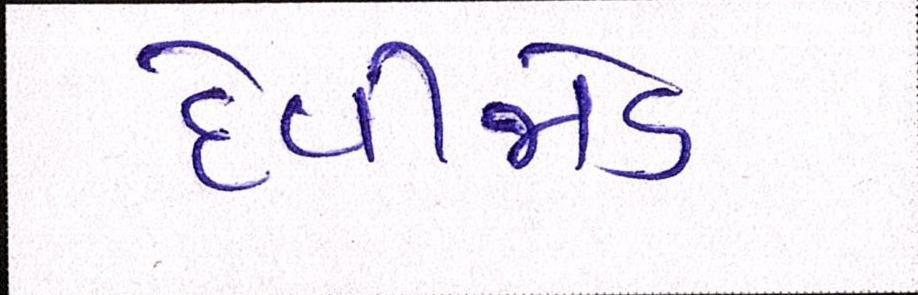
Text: દેવીજોડ